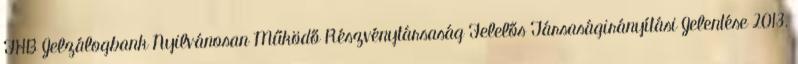
FHB Jelzálogbank Nyilvánosan Működő Részvénytársaság Felelős Társaságirányítási Jelentése 2013.